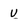
Character: u